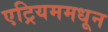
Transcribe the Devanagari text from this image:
एट्रियममधून